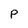
Character: P